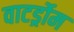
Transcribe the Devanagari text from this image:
वाटर्ड्रोम